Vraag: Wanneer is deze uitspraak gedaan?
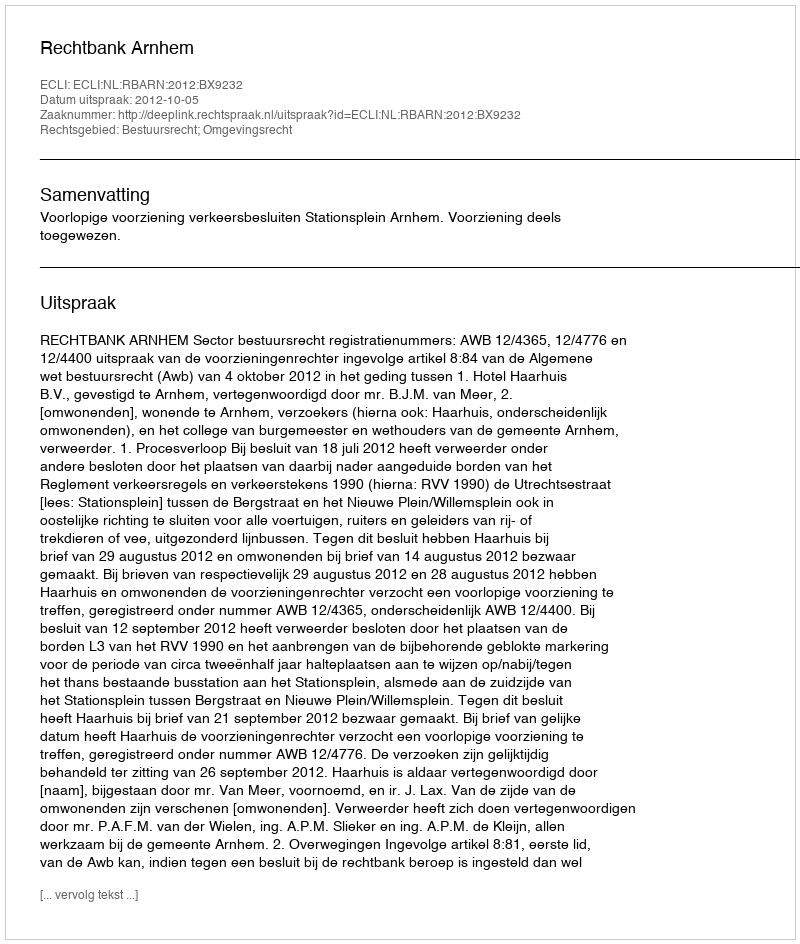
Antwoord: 2012-10-05